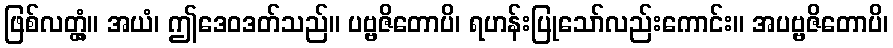
ဖြစ်လတ္တံ့။ အယံ၊ ဤဒေဝဒတ်သည်။ ပဗ္ဗဇိတောပိ၊ ရဟန်းပြုသော်လည်းကောင်း။ အပဗ္ဗဇိတောပိ၊